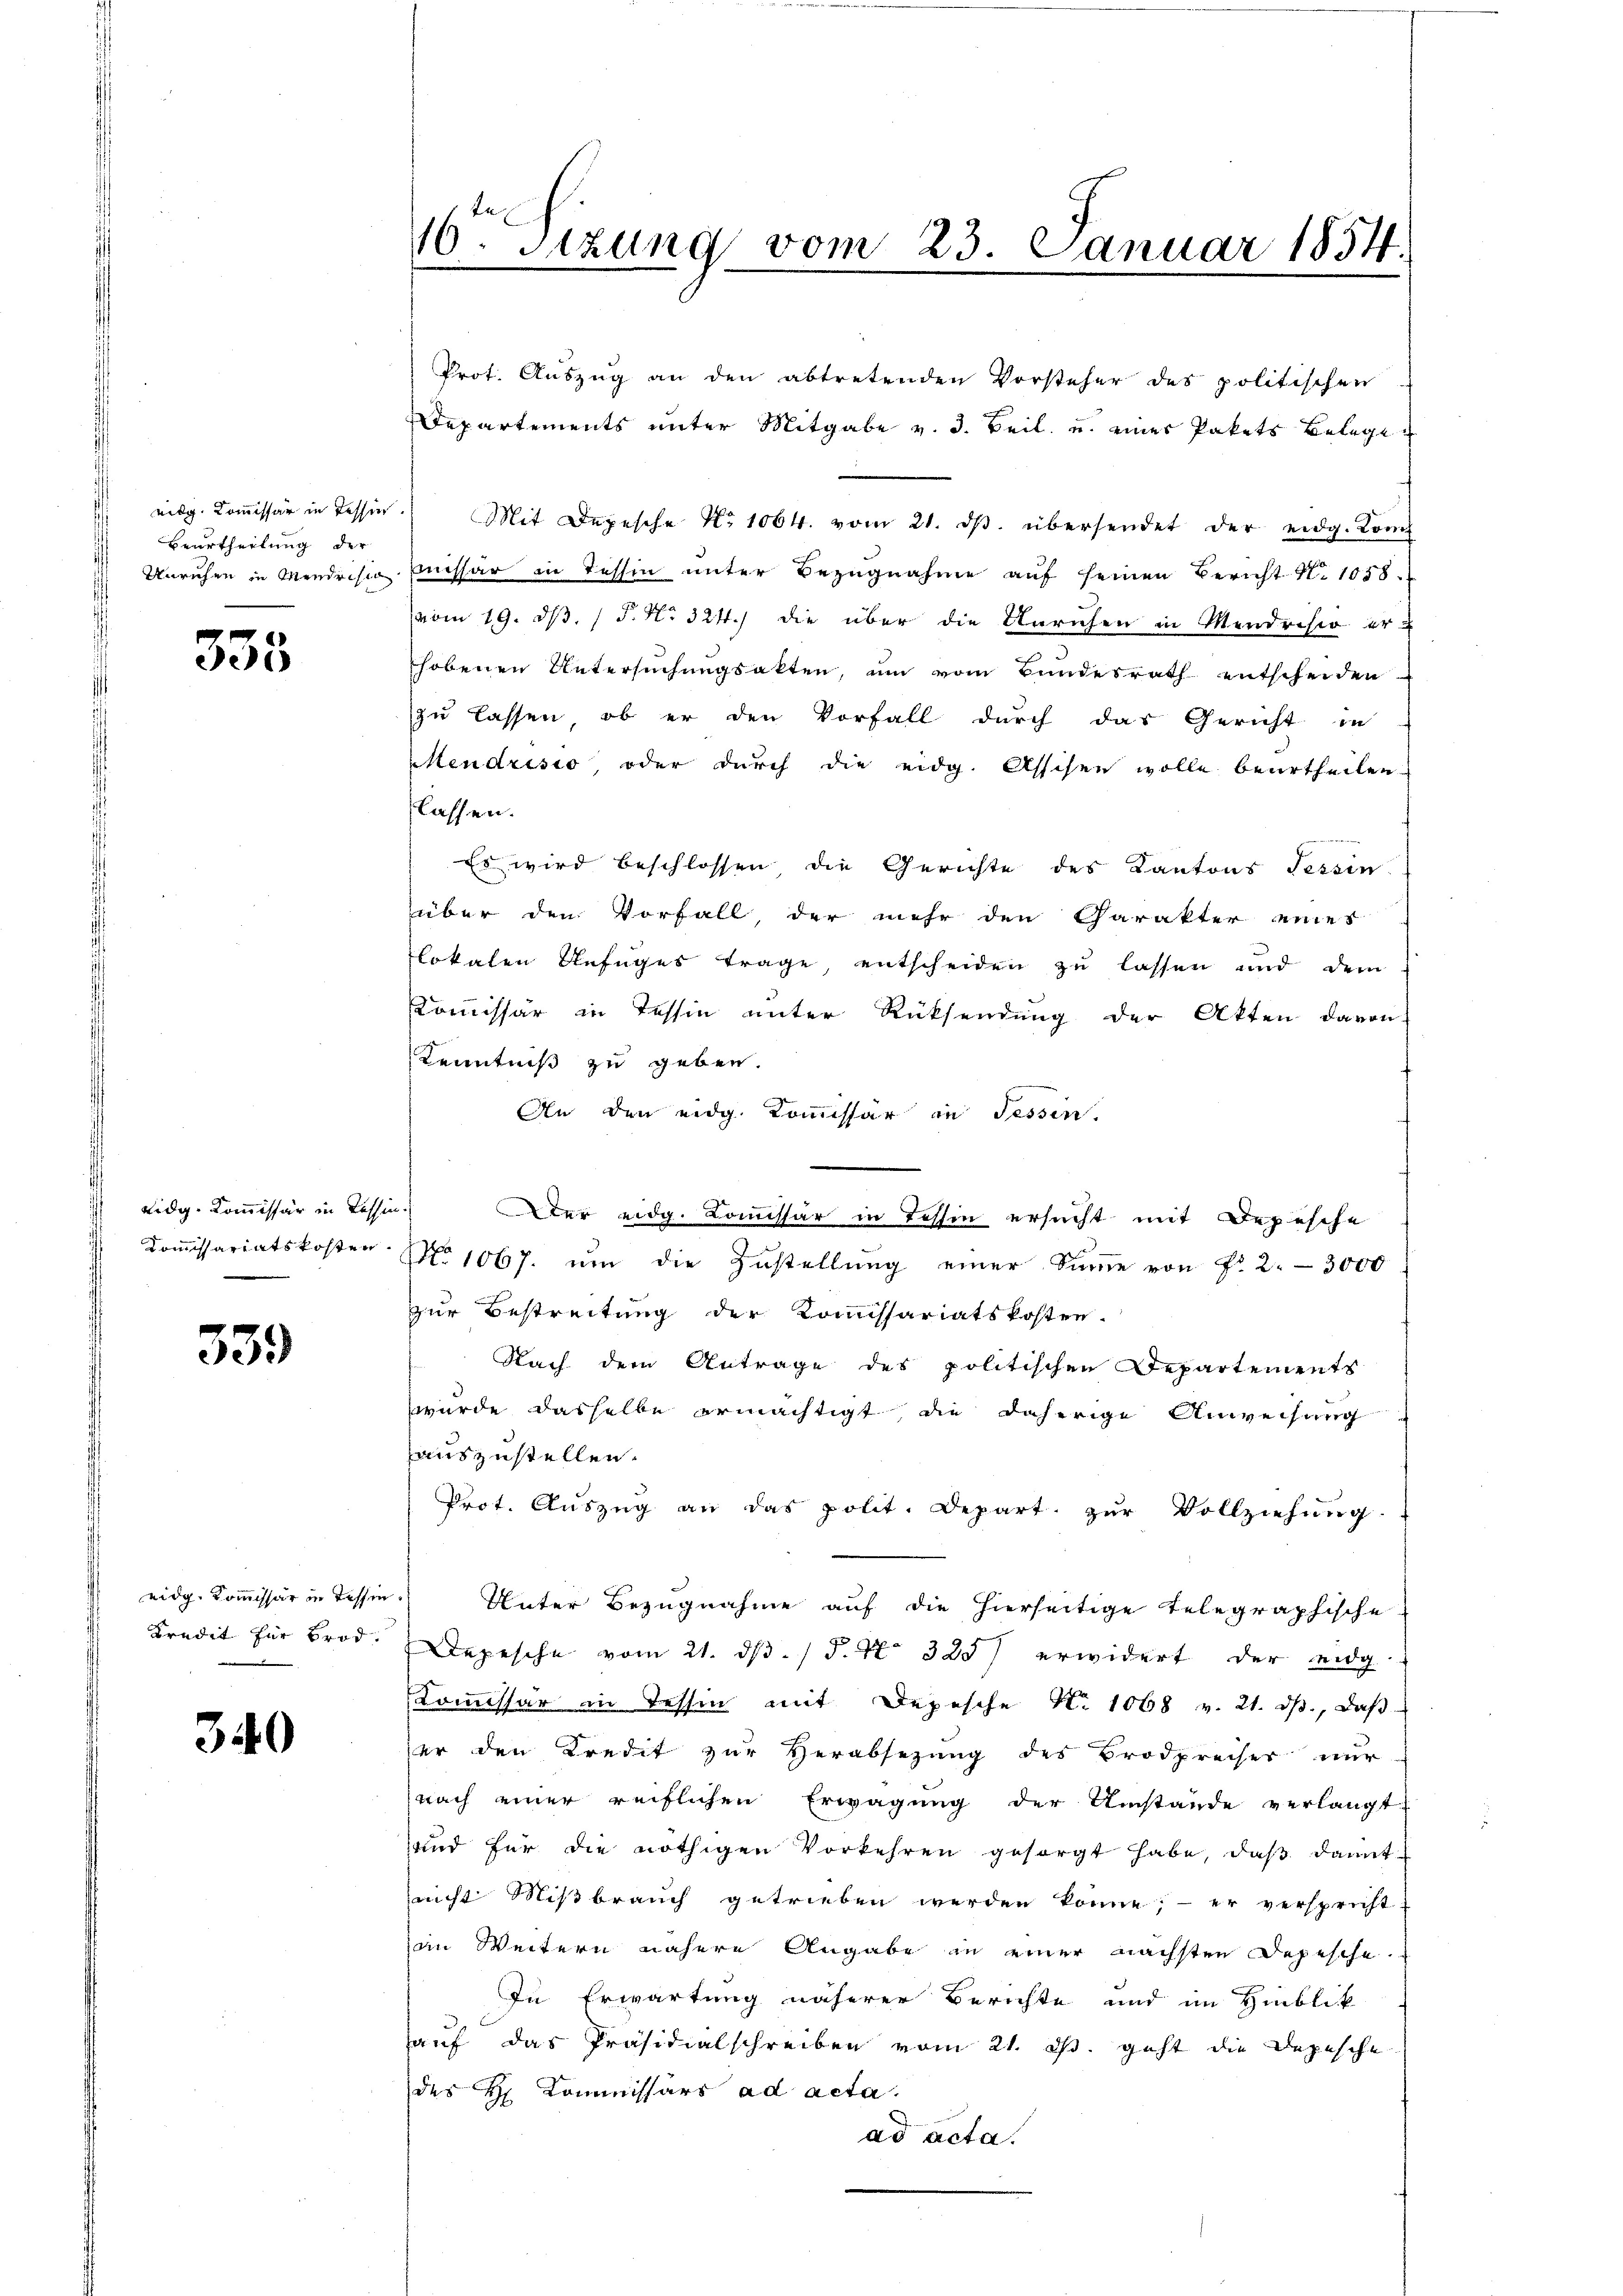
eidg. Kommissär in Tessin.
Beurtheilung der

335

eidg. Kommissär in Tessin.

339

340

Prot. Auszug an den abtretenden Vorsteher des politischen
Departements unter Mitgabe v. 3. Beil. u. eines Pakets Belege
Mit Depesche No 1064. vom 21. dβ. übersendet der eidg. Kon
Unruhen in Mendrisio missär in Tessin unter Bezugnahme aŭf seinen Bericht N. 1058.
(vom 19. d. 1. No 324.) die über die Unruhen in Mendrisio er-
hobenen Untersŭchŭngsakten, ŭm vom Bundesrath entscheiden
zu lassen, ob er den Vorfall durch das Gericht in
Mendrisio, oder durch die eidg. Assisen wolle beurtheilen.
lassen.
Es wird beschlossen die Gerichte des Kantons Tessin
über den Vorfall, der mehr den Charakter eines
lokalen Befuges trage entscheiden zu lassen und dem
Kommissär in Tessin unter Rücksendung der Akten davon
Kenntniß zu geben.
An den eidg. Kommissär in Tessin.
Der eidg. Comissär in Tessin ersucht mit Depesche
Coṁissariatskosten No 1067. ŭm die Zustellŭng einer Sŭṁe von Fr. 2.- 3000
zur Bestreitung der Kommissariatskosten.
Nach dem Antrage des politischen Departements
wurde dasselbe ermächtigt, die daherige Anweisung
auszustellen.
Prot. Auszug an das polit. Depart zur Vollziehung
eidg. Kommissär in Tessin. Unter Bezugnahme auf die hierseitige Telegraphische
Kredit für Brod. Depesche vom 21. dβ. / P. Nr. 325) erwidert der eidg.
Komissär in Tessin mit Depesche N. 1068 v. 21. ds., daß
er den Kredit zur Herabsezung des Brodpreiser nur
nach einer reiflichen Erwägung der Umstände verlangt
und für die nöthigen Vorkehren gesorgt habe, daß damit
nicht Mißbrauch getrieben werden könne; - er verspricht
an Weitern nähere Angabe in einer nächsten Depesche
In Erwartung näherer Berichte und im Hinblick
auf das Präsidialschreiben vom 21. ds. geht die Depesche
des H. Kommissärs ad acta.
ad acta.

16ten Sitzung vom 23. Januar 1854.